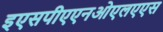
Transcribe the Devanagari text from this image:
इएसपीएएनओएलएएस